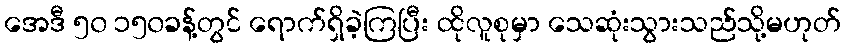
အေဒီ ၅၀ ၁၅၀ခန့်တွင် ရောက်ရှိခဲ့ကြပြီး ထိုလူစုမှာ သေဆုံးသွားသည်သို့မဟုတ်